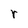
Character: r